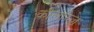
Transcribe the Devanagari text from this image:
कौलरिज